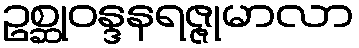
ဥစ္ဆုဝန္ဒနရဇ္ဇုမာလာ